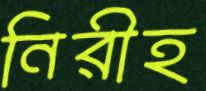
নিরীহ